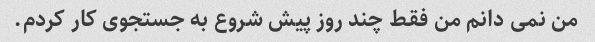
من نمی دانم من فقط چند روز پیش شروع به جستجوی کار کردم.